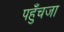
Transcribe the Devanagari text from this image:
पहुँचजा